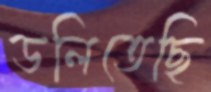
ডলিতেছি